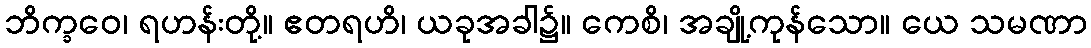
ဘိက္ခဝေ၊ ရဟန်းတို့။ ဧတရဟိ၊ ယခုအခါ၌။ ကေစိ၊ အချို့ကုန်သော။ ယေ သမဏာ